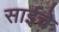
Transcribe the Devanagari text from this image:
साईचे